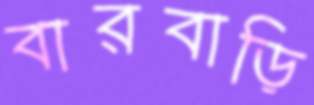
বারবাড়ি